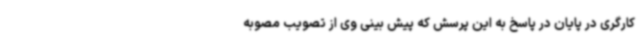
کارگری در پایان در پاسخ به این پرسش که پیش بینی وی از تصویب مصوبه